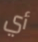
أي